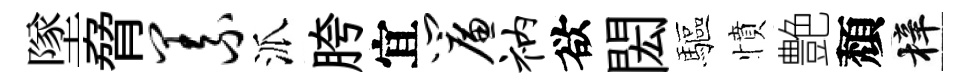
墜脅义派胯宜帘衲欲閎驅憤艶頽梓